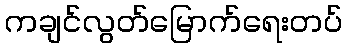
ကချင်လွတ်မြောက်ရေးတပ်